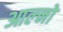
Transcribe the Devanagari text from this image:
आल्नो